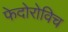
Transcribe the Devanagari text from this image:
फेदोरोविच